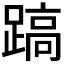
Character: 𨃤